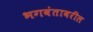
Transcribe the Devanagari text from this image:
भगवंतावरील